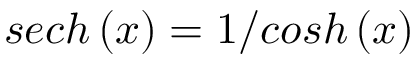
s e c h \left( x \right) = 1 / c o s h \left( x \right)